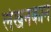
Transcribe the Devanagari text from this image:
लेखनकाने